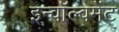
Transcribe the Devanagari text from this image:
इन्वॉल्वमेंट